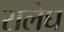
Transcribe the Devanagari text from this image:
रालेघ